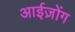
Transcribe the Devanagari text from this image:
आईज़ोंग